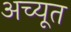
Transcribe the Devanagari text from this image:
अच्यूत